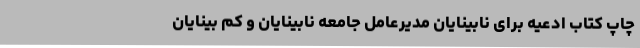
چاپ کتاب ادعیه برای نابینایان مدیرعامل جامعه نابینایان و کم بینایان